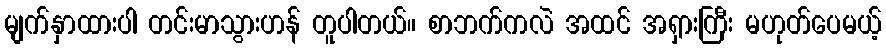
မျက်နှာထားပါ တင်းမာသွားဟန် တူပါတယ်။ စာဘက်ကလဲ အထင် အရှားကြီး မဟုတ်ပေမယ့်